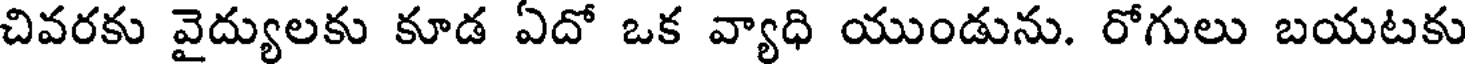
చివరకు వైద్యులకు కూడ ఏదో ఒక వ్యాధి యుండును. రోగులు బయటకు